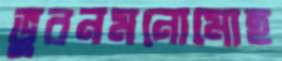
ভুবনমনোমোহ